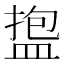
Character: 𪾑